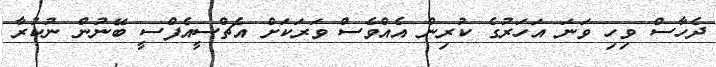
ދެހާސް ވިހި ވަނަ އަހަރުގެ ކުރިން އެއްވެސް ވަރަކަށް އެޗްސީއެފްސީ ބޭނުން ނުކުރާ